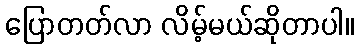
ပြောတတ်လာ လိမ့်မယ်ဆိုတာပါ။